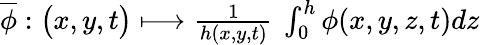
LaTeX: \begin{array}{r}{\overline{{\phi}}:\big(x,y,t\big)\longmapsto\frac{1}{h(x,y,t)}\: \int_{0}^{h}\phi(x,y,z,t)dz}\end{array}